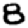
Digit: 8